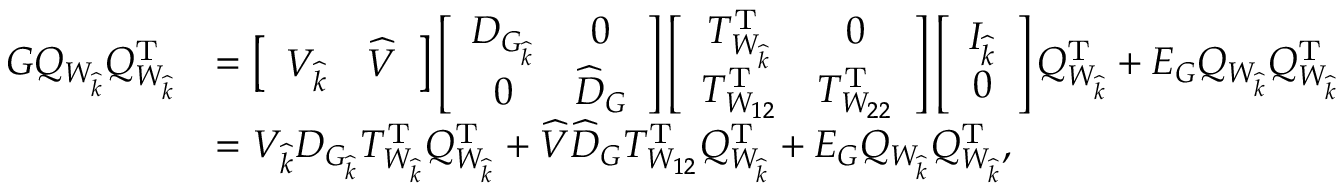
\begin{array} { r l } { G Q _ { W _ { \widehat { k } } } Q _ { W _ { \widehat { k } } } ^ { \mathrm { T } } } & { = \left[ \begin{array} { l l } { V _ { \widehat { k } } } & { \widehat { V } } \end{array} \right] \left[ \begin{array} { c c } { D _ { G _ { \widehat { k } } } } & { 0 } \\ { 0 } & { \widehat { D } _ { G } } \end{array} \right] \left[ \begin{array} { c c } { T _ { W _ { \widehat { k } } } ^ { \mathrm { T } } } & { 0 } \\ { T _ { W _ { 1 2 } } ^ { \mathrm { T } } } & { T _ { W _ { 2 2 } } ^ { \mathrm { T } } } \end{array} \right] \left[ \begin{array} { c } { I _ { \widehat { k } } } \\ { 0 } \end{array} \right] Q _ { W _ { \widehat { k } } } ^ { \mathrm { T } } + E _ { G } Q _ { W _ { \widehat { k } } } Q _ { W _ { \widehat { k } } } ^ { \mathrm { T } } } \\ & { = V _ { \widehat { k } } D _ { G _ { \widehat { k } } } T _ { W _ { \widehat { k } } } ^ { \mathrm { T } } Q _ { W _ { \widehat { k } } } ^ { \mathrm { T } } + \widehat { V } \widehat { D } _ { G } T _ { W _ { 1 2 } } ^ { \mathrm { T } } Q _ { W _ { \widehat { k } } } ^ { \mathrm { T } } + E _ { G } Q _ { W _ { \widehat { k } } } Q _ { W _ { \widehat { k } } } ^ { \mathrm { T } } , } \end{array}